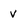
Character: v